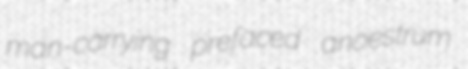
man-carrying prefaced anoestrum